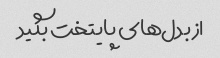
از بدل‌های پایتخت بگید